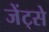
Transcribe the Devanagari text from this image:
जेंट्से